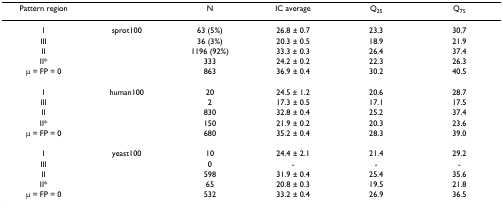
<table><thead><tr><td><b>Pattern region</b></td><td></td><td><b>N</b></td><td><b>IC average</b></td><td><b>Q<sub>25</sub></b></td><td><b>Q<sub>75</sub></b></td></tr></thead><tbody><tr><td>I</td><td>sprot100</td><td>63 (5%)</td><td>26.8 ± 0.7</td><td>23.3</td><td>30.7</td></tr><tr><td>III</td><td></td><td>36 (3%)</td><td>20.3 ± 0.5</td><td>18.9</td><td>21.9</td></tr><tr><td>II</td><td></td><td>1196 (92%)</td><td>33.3 ± 0.3</td><td>26.4</td><td>37.4</td></tr><tr><td>II*</td><td></td><td>333</td><td>24.2 ± 0.2</td><td>22.3</td><td>26.3</td></tr><tr><td>μ = FP = 0</td><td></td><td>863</td><td>36.9 ± 0.4</td><td>30.2</td><td>40.5</td></tr><tr><td>I</td><td>human100</td><td>20</td><td>24.5 ± 1.2</td><td>20.6</td><td>28.7</td></tr><tr><td>III</td><td></td><td>2</td><td>17.3 ± 0.5</td><td>17.1</td><td>17.5</td></tr><tr><td>II</td><td></td><td>830</td><td>32.8 ± 0.4</td><td>25.2</td><td>37.4</td></tr><tr><td>II*</td><td></td><td>150</td><td>21.9 ± 0.2</td><td>20.3</td><td>23.6</td></tr><tr><td>μ = FP = 0</td><td></td><td>680</td><td>35.2 ± 0.4</td><td>28.3</td><td>39.0</td></tr><tr><td>I</td><td>yeast100</td><td>10</td><td>24.4 ± 2.1</td><td>21.4</td><td>29.2</td></tr><tr><td>III</td><td></td><td>0</td><td>-</td><td>-</td><td>-</td></tr><tr><td>II</td><td></td><td>598</td><td>31.9 ± 0.4</td><td>25.4</td><td>35.6</td></tr><tr><td>II*</td><td></td><td>65</td><td>20.8 ± 0.3</td><td>19.5</td><td>21.8</td></tr><tr><td>μ = FP = 0</td><td></td><td>532</td><td>33.2 ± 0.4</td><td>26.9</td><td>36.5</td></tr></tbody></table>